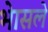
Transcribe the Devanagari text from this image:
भेासले